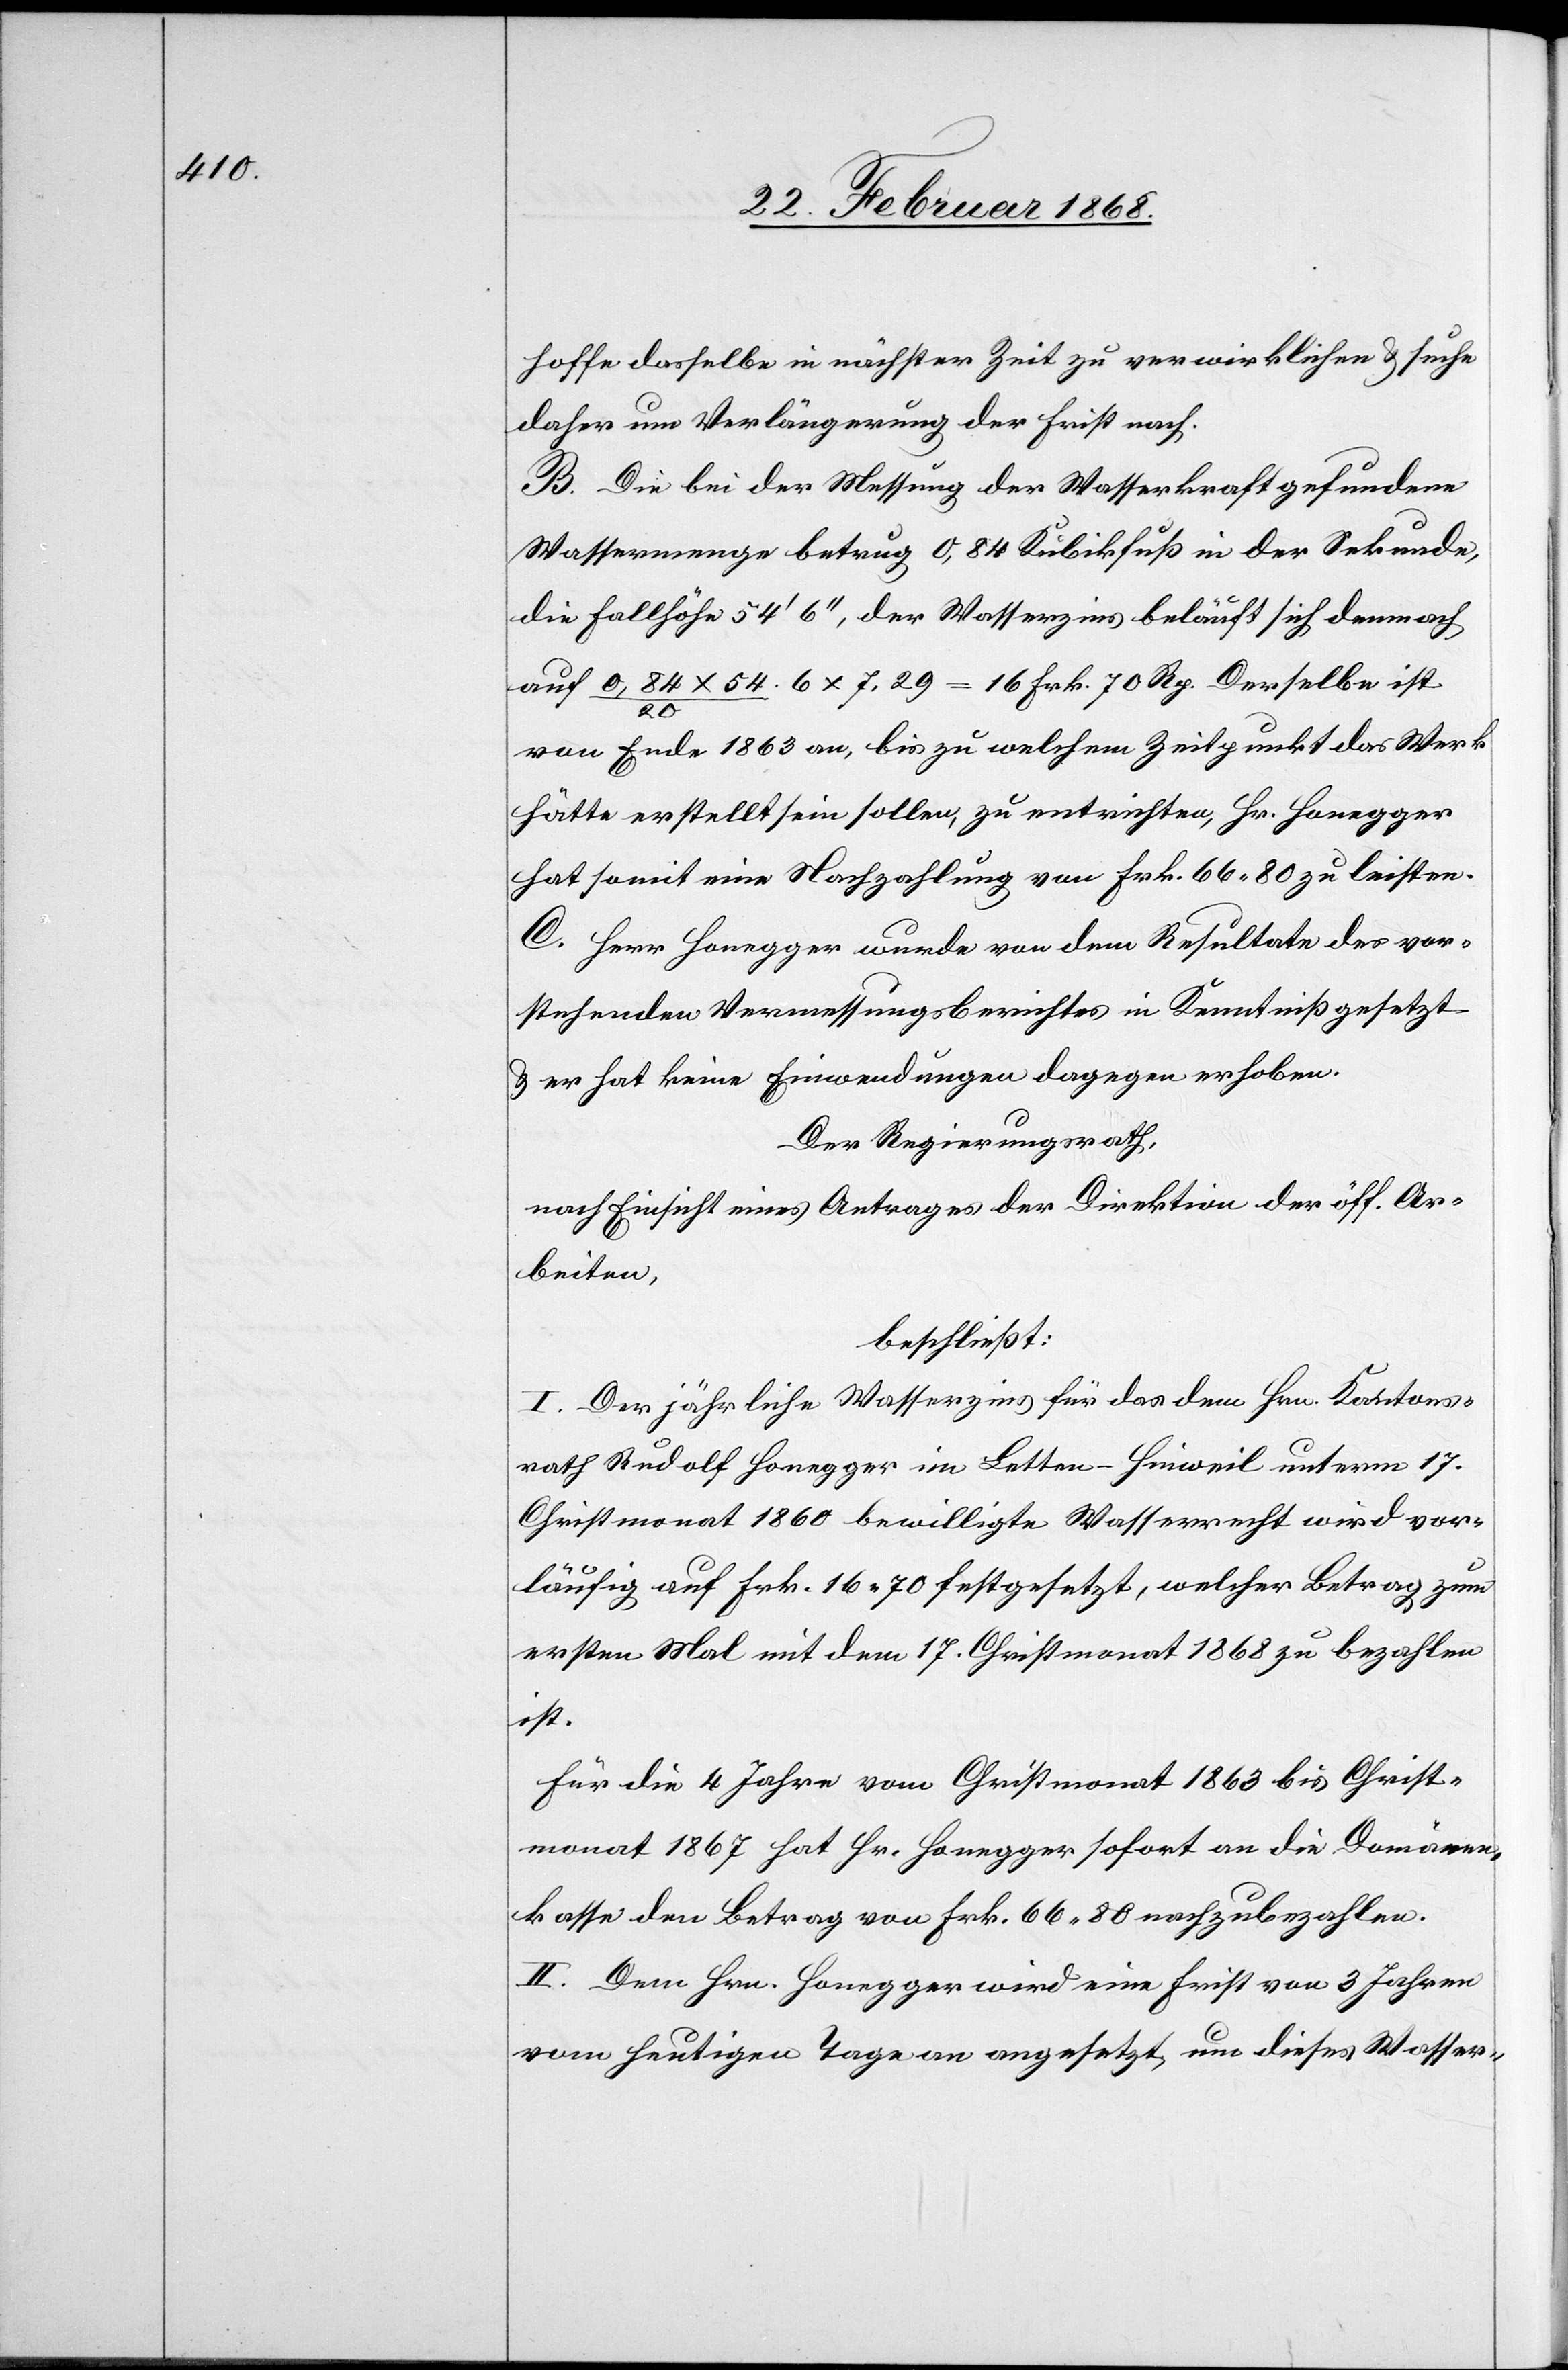
hoffe dasselbe in nächster Zeit zu verwirklichen & suche
daher um Verlängerung der Frist nach.
B. Die bei der Messung der Wasserkraft gefundene
Wassermenge betrug 0,84 Kubikfuß in der Sekunde,
die Fallhöhe 54‘ 6‘‘, der Wasserzins beläuft sich demnach
auf 0,84 x 54.6 / 20 x 7,29 = 16 Frk. 70 Rp. Derselbe ist
von Ende 1863 an, bis zu welchem Zeitpunkt das Werk
hätte erstellt sein sollen, zu entrichten, Hr. Honegger
hat somit eine Nachzahlung von Frk. 66. 80 zu leisten.
C. Herr Honegger wurde von dem Resultate des vor¬
stehenden Vermessungsberichtes in Kenntniß gesetzt
& er hat keine Einwendungen dagegen erhoben.
Der Regierungsrath,
nach Einsicht eines Antrages der Direktion der öff. Ar¬
beiten,
beschließt:
I. Der jährliche Wasserzins für das dem Hrn. Kantons¬
rath Rudolf Honegger im Letten-Hinweil unterm 17.
Christmonat 1860 bewilligte Wasserrecht wird vor¬
läufig auf Frk. 16. 70 festgesetzt, welcher Betrag zum
ersten Mal mit dem 17. Christmonat 1868 zu bezahlen
ist.
Für die 4 Jahre vom Christmonat 1863 bis Christ¬
monat 1867 hat Hr. Honegger sofort an die Domänen¬
kasse den Betrag von Frk. 66. 80 nachzubezahlen.
II. Dem Hrn. Honegger wird eine Frist von 3 Jahren
vom heutigen Tage an angesetzt, um dieses Wasser-